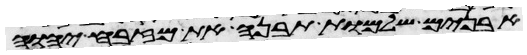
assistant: אבנים שלמות תבנה את מזבח יהוה